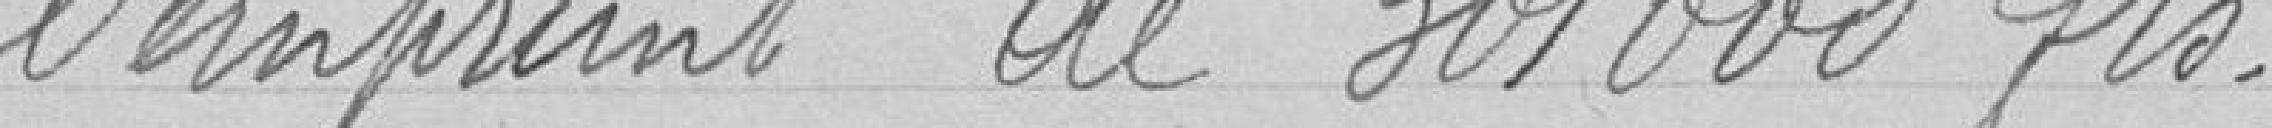
l'emprunt de 301 000 francs.